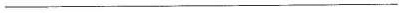
____________________________________